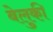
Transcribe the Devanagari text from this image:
बेलुकी